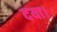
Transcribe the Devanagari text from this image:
दया।